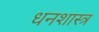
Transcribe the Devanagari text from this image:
धनशास्त्र